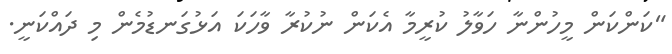
"ކަންކަން މީހުންނާ ހަވާލު ކުރީމާ އެކަން ނުކުރާ ވާހަކަ އަޅުގަނޑުމެން މި ދައްކަނީ.